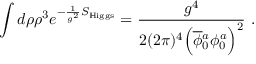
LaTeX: \int d \rho \rho ^ { 3 } e ^ { - \frac { 1 } { g ^ { 2 } } S _ { \mathrm { H i g g s } } } = \frac { g ^ { 4 } } { 2 ( 2 \pi ) ^ { 4 } \Big ( \overline { { \phi } } { } _ { 0 } ^ { a } \phi _ { 0 } ^ { a } \Big ) ^ { 2 } } ~ .